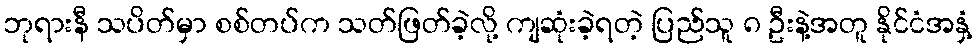
ဘုရားနီ သပိတ်မှာ စစ်တပ်က သတ်ဖြတ်ခဲ့လို့ ကျဆုံးခဲ့ရတဲ့ ပြည်သူ ၈ ဦးနဲ့အတူ နိုင်ငံအနှံ့